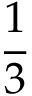
\frac { 1 } { 3 }